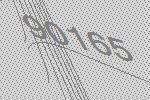
90165